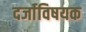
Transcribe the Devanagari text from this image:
दर्जाविषयक